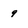
Character: 9